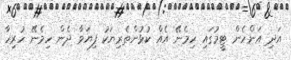
އަދި އަންހެން ޓީމުގައި ހިމެނޭ އެއް ކުޅުންތެރިޔަކު ފިޔަވާ ދެން ހިމެނޭ ހުރިހާ